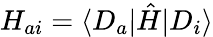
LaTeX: H_{ai}=\langle D_{a}|\hat{H}|D_{i}\rangle